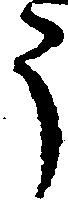
う